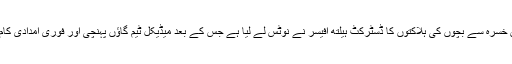
شاہ پور چاکر میں خسرہ سے بچوں کی ہلاکتوں کا ڈسٹرکٹ ہیلتھ آفیسر نے نوٹس لے لیا ہے جس کے بعد میڈیکل ٹیم گاؤں پہنچی اور فوری امدادی کام شروع کردیا گیا۔